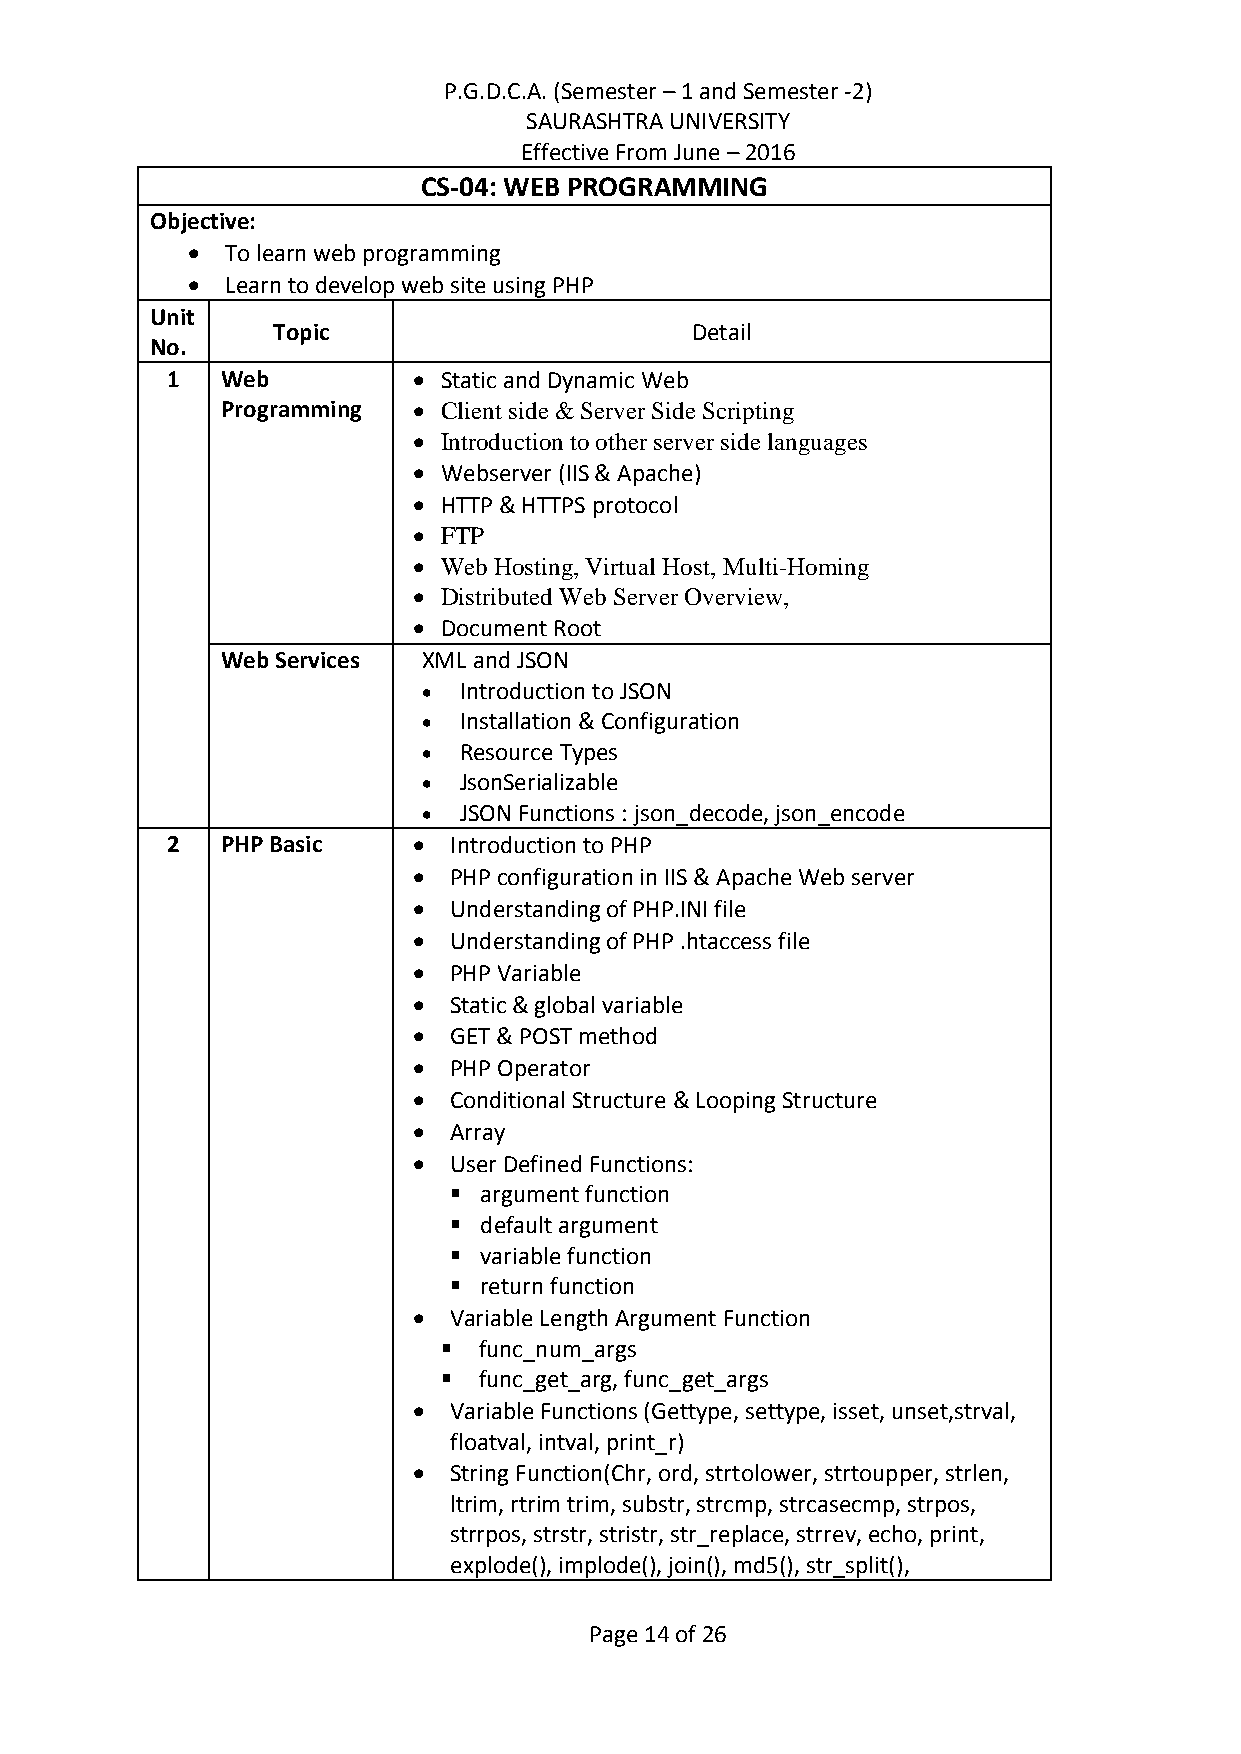
P.G.D.C.A. (Semester – 1 and Semester -2)
 SAURASHTRA UNIVERSITY
 Effective From June – 2016
 CS-04: WEB PROGRAMMING
 Objective:
   To learn web programming
   Learn to develop web site using PHP
 Unit
 Topic                       Detail
 No.
 1   Web          Static and Dynamic Web
 Programming  Client side & Server Side Scripting
  Introduction to other server side languages
  Webserver (IIS & Apache)
  HTTP & HTTPS protocol
  FTP
  Web Hosting, Virtual Host, Multi-Homing
  Distributed Web Server Overview,
  Document Root
 Web Services XML and JSON
  Introduction to JSON
  Installation & Configuration
  Resource Types
  JsonSerializable
  JSON Functions : json_decode, json_encode
 2   PHP Basic     Introduction to PHP
   PHP configuration in IIS & Apache Web server
   Understanding of PHP.INI file
   Understanding of PHP .htaccess file
   PHP Variable
   Static & global variable
   GET & POST method
   PHP Operator
   Conditional Structure & Looping Structure
   Array
   User Defined Functions:
  argument function
  default argument
  variable function
  return function
   Variable Length Argument Function
   func_num_args
   func_get_arg, func_get_args
   Variable Functions (Gettype, settype, isset, unset,strval,
 floatval, intval, print_r)
   String Function(Chr, ord, strtolower, strtoupper, strlen,
 ltrim, rtrim trim, substr, strcmp, strcasecmp, strpos,
 strrpos, strstr, stristr, str_replace, strrev, echo, print,
 explode(), implode(), join(), md5(), str_split(),
 Page 14 of 26